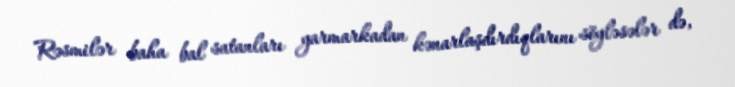
Rəsmilər baha bal satanları yarmarkadan kənarlaşdırdıqlarını söyləsələr də,